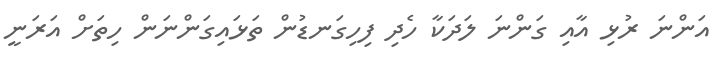
އަންނަ ރުޅި އާއި ގަންނަ ލަދަކާ ހެދި ފިހިގަނޑުން ތަޅައިގަންނަން ހިތަށް އަރަނީ